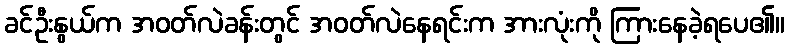
ခင်ဦးနွယ်က အဝတ်လဲခန်းတွင် အဝတ်လဲနေရင်းက အားလုံးကို ကြားနေခဲ့ရပေ၏။